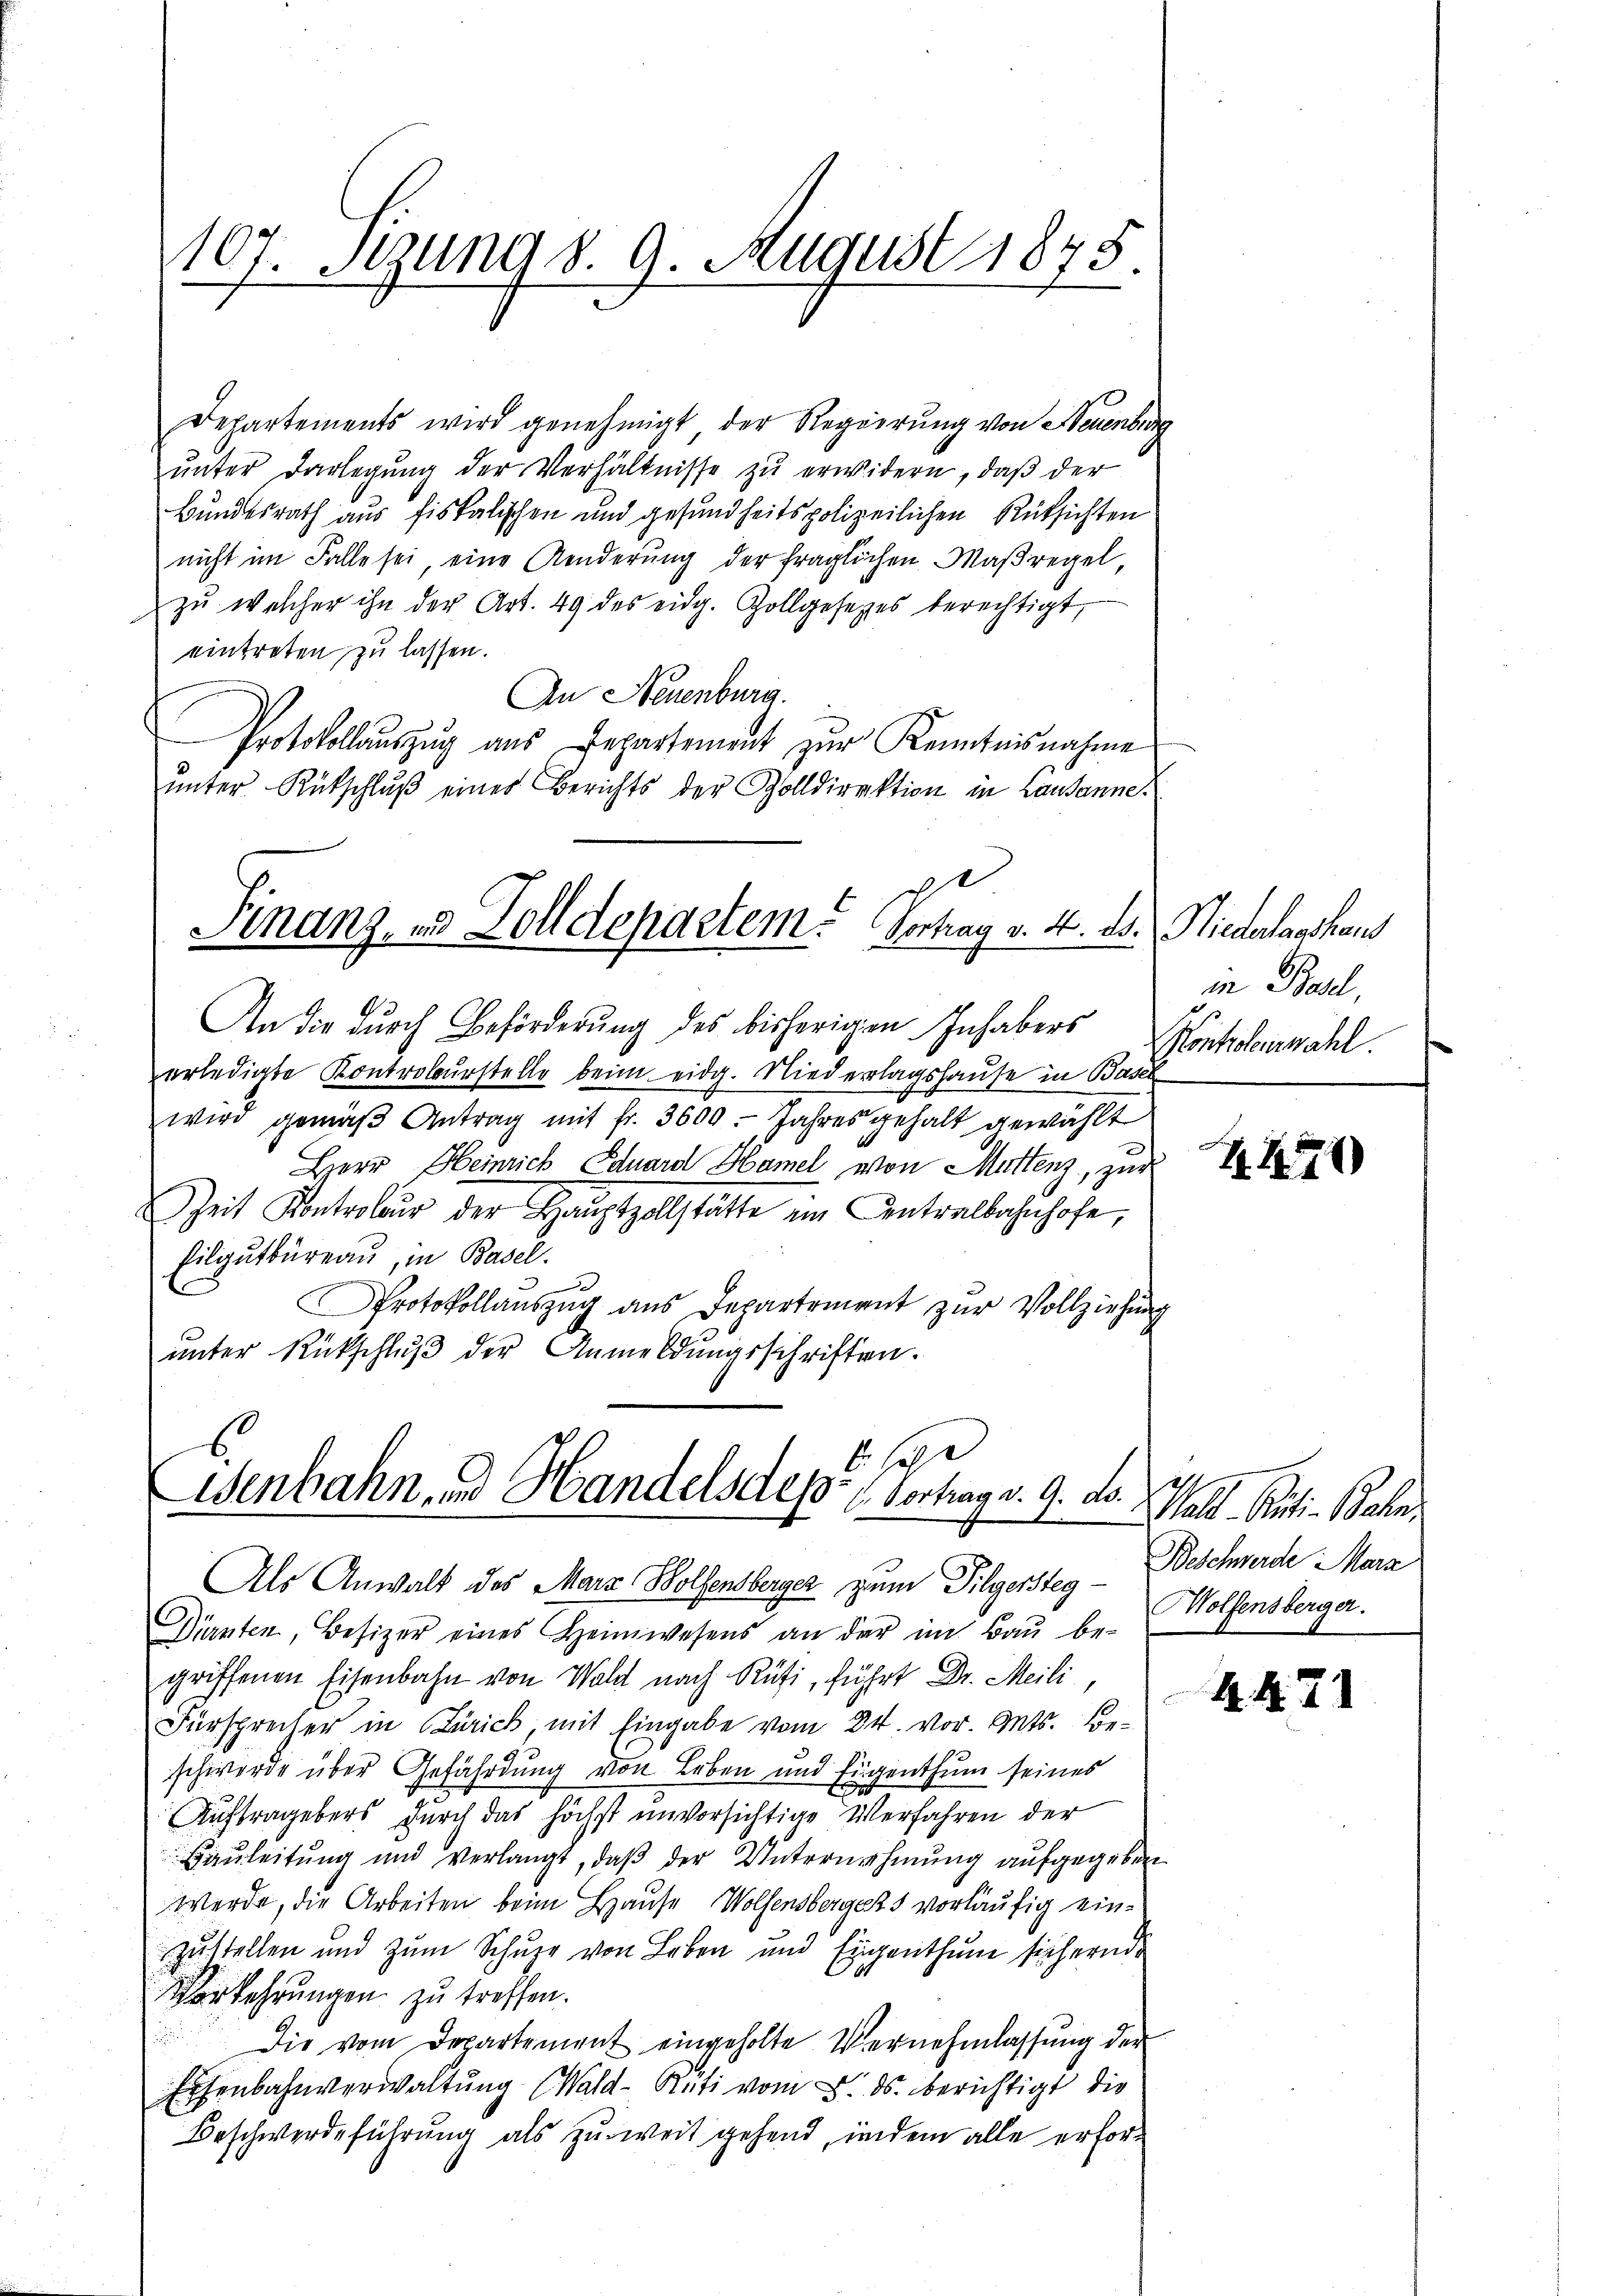
107. Setzung d. 9. August 1878.

Departements wird genehmigt der Regierung von Neuenburg
ŭnter Darlegung der Verhältnisse zu erwidern, daß der
Bundesrath aus fiskalischen und gesundheitspolizeilichen Rücksichten
nicht im Falle sei, eine Aenderung der fraglichen Maßregel,
zŭ welcher ihn der Art. 49 des eidg. Zollgesetzes berechtigt,
eintreten zu lassen.
An Neuenburg.
Protokollauszug aus Departement zur Kenntnisnahme
ŭnter Rückschlŭβ einer Berichts der Zolldirektion in Lausanne

.
Finanz, und Zolldepartem Vortrag v. 4. ds. Niederlagshaus

An die durch Beförderung des bisherigen Inhabers
erledigte Kontrolbŭrstelle beim eidg. Niederlagshause in Basel
wird gemäβ Antrag mit fr. 3600. Jahres gehalt gewählt
Herr Heinrich Eduard Hamel von Mattenz, zur
Zeit Kontroleur der Hauptzollstätte ein Centralbahnhofe,
filgutbüreau, in Basel.
.
Protokollauszug aus Departement zur Vollziehung
unter Rückschluß der Anmeldungsschriften.

6
ge
1
Wenbahn und Handels des- u. Vertrag v. 9. ds.
Als Anwalt des Mara Wolfensberger zum Pilgersteg - Wolfensberger.

in Basel,
Kontrolerzahl.

Dürnten, Besizer eines Heimwesens an der im Baŭ be-
griffenen Eisenbahn von Wald nach Rüti, führt Dr. Meili,
Fürsprecher in Zürich, mit Eingabe vom 24. vor. Mts. Beschwerde über Gefährdung von Leben und Eigenthum seines
Auftragebers durch das höchst unversichtige Verfahren der
Baŭleitŭng und verlangt, daβ der Unternehmung aŭfgegeben
Werde, die Arbeiten beim Hause Wolfensbergers vorläufig einzustellen und zum Schuhe von Leben und Eigenthum sichernde
Vorkehrungen zu treffen.
Die vom Departement eingeholte Vernehmlassŭng der
Eisenbahnverwaltung (Wald–Rüti vom 5. ds. berichtigt die
Beschwerdeführung als zu weit gehend, indem alle erfor¬

Z. 471)

Thall. Artin Bahn.
Beschwerde Marz

44. 21